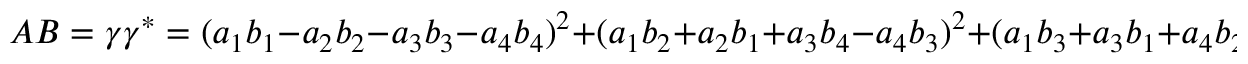
A B = \gamma \gamma ^ { * } = ( a _ { 1 } b _ { 1 } - a _ { 2 } b _ { 2 } - a _ { 3 } b _ { 3 } - a _ { 4 } b _ { 4 } ) ^ { 2 } + ( a _ { 1 } b _ { 2 } + a _ { 2 } b _ { 1 } + a _ { 3 } b _ { 4 } - a _ { 4 } b _ { 3 } ) ^ { 2 } + ( a _ { 1 } b _ { 3 } + a _ { 3 } b _ { 1 } + a _ { 4 } b _ { 2 } - a _ { 2 } b _ { 4 } ) ^ { 2 } + ( a _ { 1 } b _ { 4 } + a _ { 4 } b _ { 1 } + a _ { 2 } b _ { 3 } - a _ { 3 } b _ { 2 } ) ^ { 2 } .